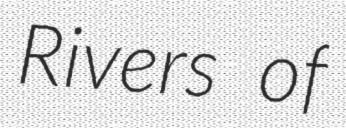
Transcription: Rivers of